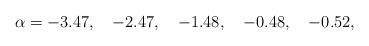
LaTeX: \begin{align*}\alpha= -3.47,\quad -2.47,\quad -1.48,\quad -0.48,\quad -0.52,\end{align*}